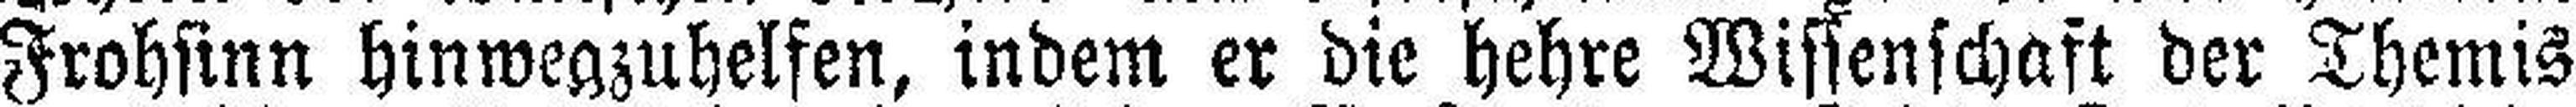
Frohsinn hinwegzuhelfen, indem er die hehre Wissenschaft der Themis